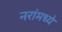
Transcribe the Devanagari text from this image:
नरांमध्ये